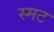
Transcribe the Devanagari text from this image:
स्मट